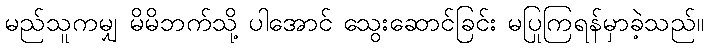
မည်သူကမျှ မိမိဘက်သို့ ပါအောင် သွေးဆောင်ခြင်း မပြုကြရန်မှာခဲ့သည်။